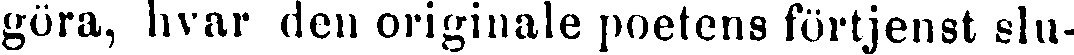
göra, hvar den originale poetens förtjenst slu-